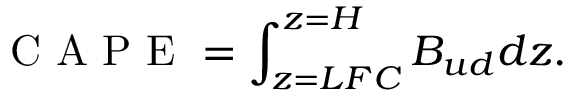
\mathrm { ~ C ~ A ~ P ~ E ~ } = \int _ { z = L F C } ^ { z = H } B _ { u d } d z .